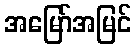
အမြော်အမြင်